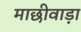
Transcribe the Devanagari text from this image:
माछीवाड़ा